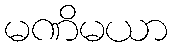
မဏိမယာ